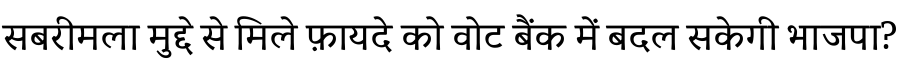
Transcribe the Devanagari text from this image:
सबरीमला मुद्दे से मिले फ़ायदे को वोट बैंक में बदल सकेगी भाजपा?